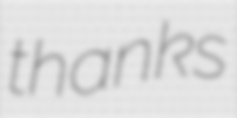
thanks